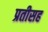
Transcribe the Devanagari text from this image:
प्रतीसह